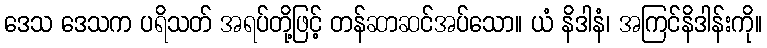
ဒေသ ဒေသက ပရိသတ် အရပ်တို့ဖြင့် တန်ဆာဆင်အပ်သော။ ယံ နိဒါနံ၊ အကြင်နိဒါန်းကို။